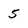
Character: 5